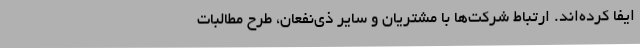
ایفا کرده‌اند. ارتباط شرکت‌ها با مشتریان و سایر ذی‌نفعان، طرح مطالبات